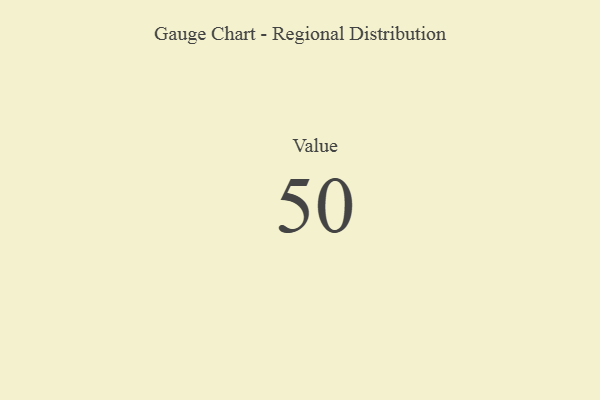
{"axis": {"x": "Metric", "y": "Value"}, "legend": [""], "data": [{"x": "Value", "y": 50, "type": ""}]}